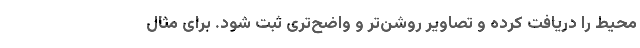
محیط را دریافت کرده و تصاویر روشن‌تر و واضح‌تری ثبت شود. برای مثال